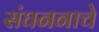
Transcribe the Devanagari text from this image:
संघननाचे